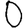
Digit: 0